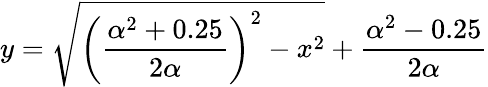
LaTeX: y=\sqrt{\left(\frac{\alpha^{2}+0.25}{2\alpha}\right)^{2}-x^{2}}+\frac{\alpha^{2}-0.25}{2\alpha}